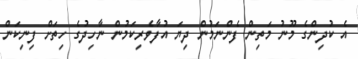
އެ ކުދިންގެ މޫނު މަތިން ފެންނަމުން ދިޔަ އުފާވެރިކަމުން ނާހިދުގެ ހިތަށް ފިނިކަން